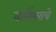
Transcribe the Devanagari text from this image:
मार्लेश्वराचे